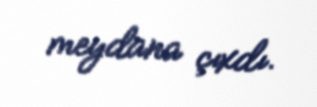
meydana çıxdı.